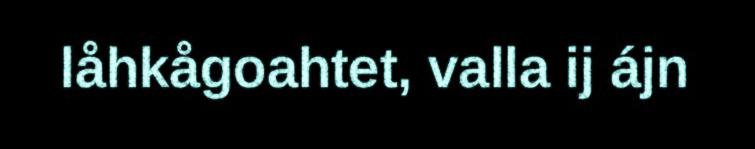
låhkågoahtet, valla ij ájn